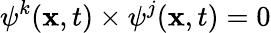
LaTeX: \psi^{k}(\mathbf{x},t)\times\psi^{j}(\mathbf{x},t)=0